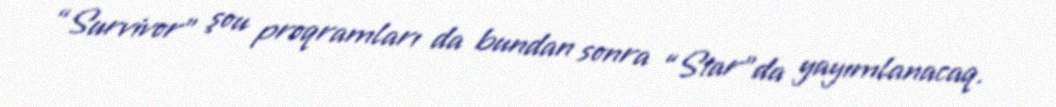
“Survivor” şou proqramları da bundan sonra “Star”da yayımlanacaq.